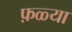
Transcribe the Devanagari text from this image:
फ़ळ्या